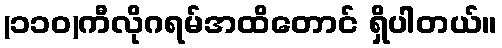
(၁၁၀)ကီလိုဂရမ်အထိတောင် ရှိပါတယ်။